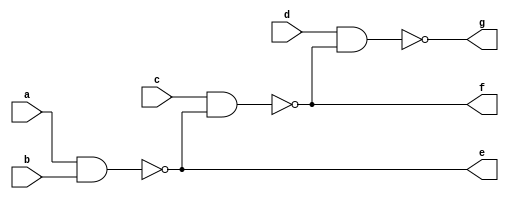
`timescale 1ns / 1ps
//////////////////////////////////////////////////////////////////////////////////
// Company: 
// Engineer: 
// 
// Design Name: 
// Module Name: nand4
// Project Name: 
// Target Devices: 
// Tool Versions: 
// Description: 
// 
// Dependencies: 
// 
// Revision:
// Revision 0.01 - File Created
// Additional Comments:
// 
//////////////////////////////////////////////////////////////////////////////////


module nand4(
    input a,b,c,d,
    output e,f,g

    );
    
    assign e = ~(a&b);
    assign f = ~(c&e);
    assign g = ~(d&f);
endmodule